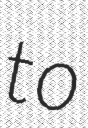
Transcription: to